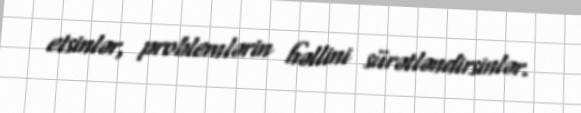
etsinlər, problemlərin həllini sürətləndirsinlər.